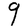
Character: q